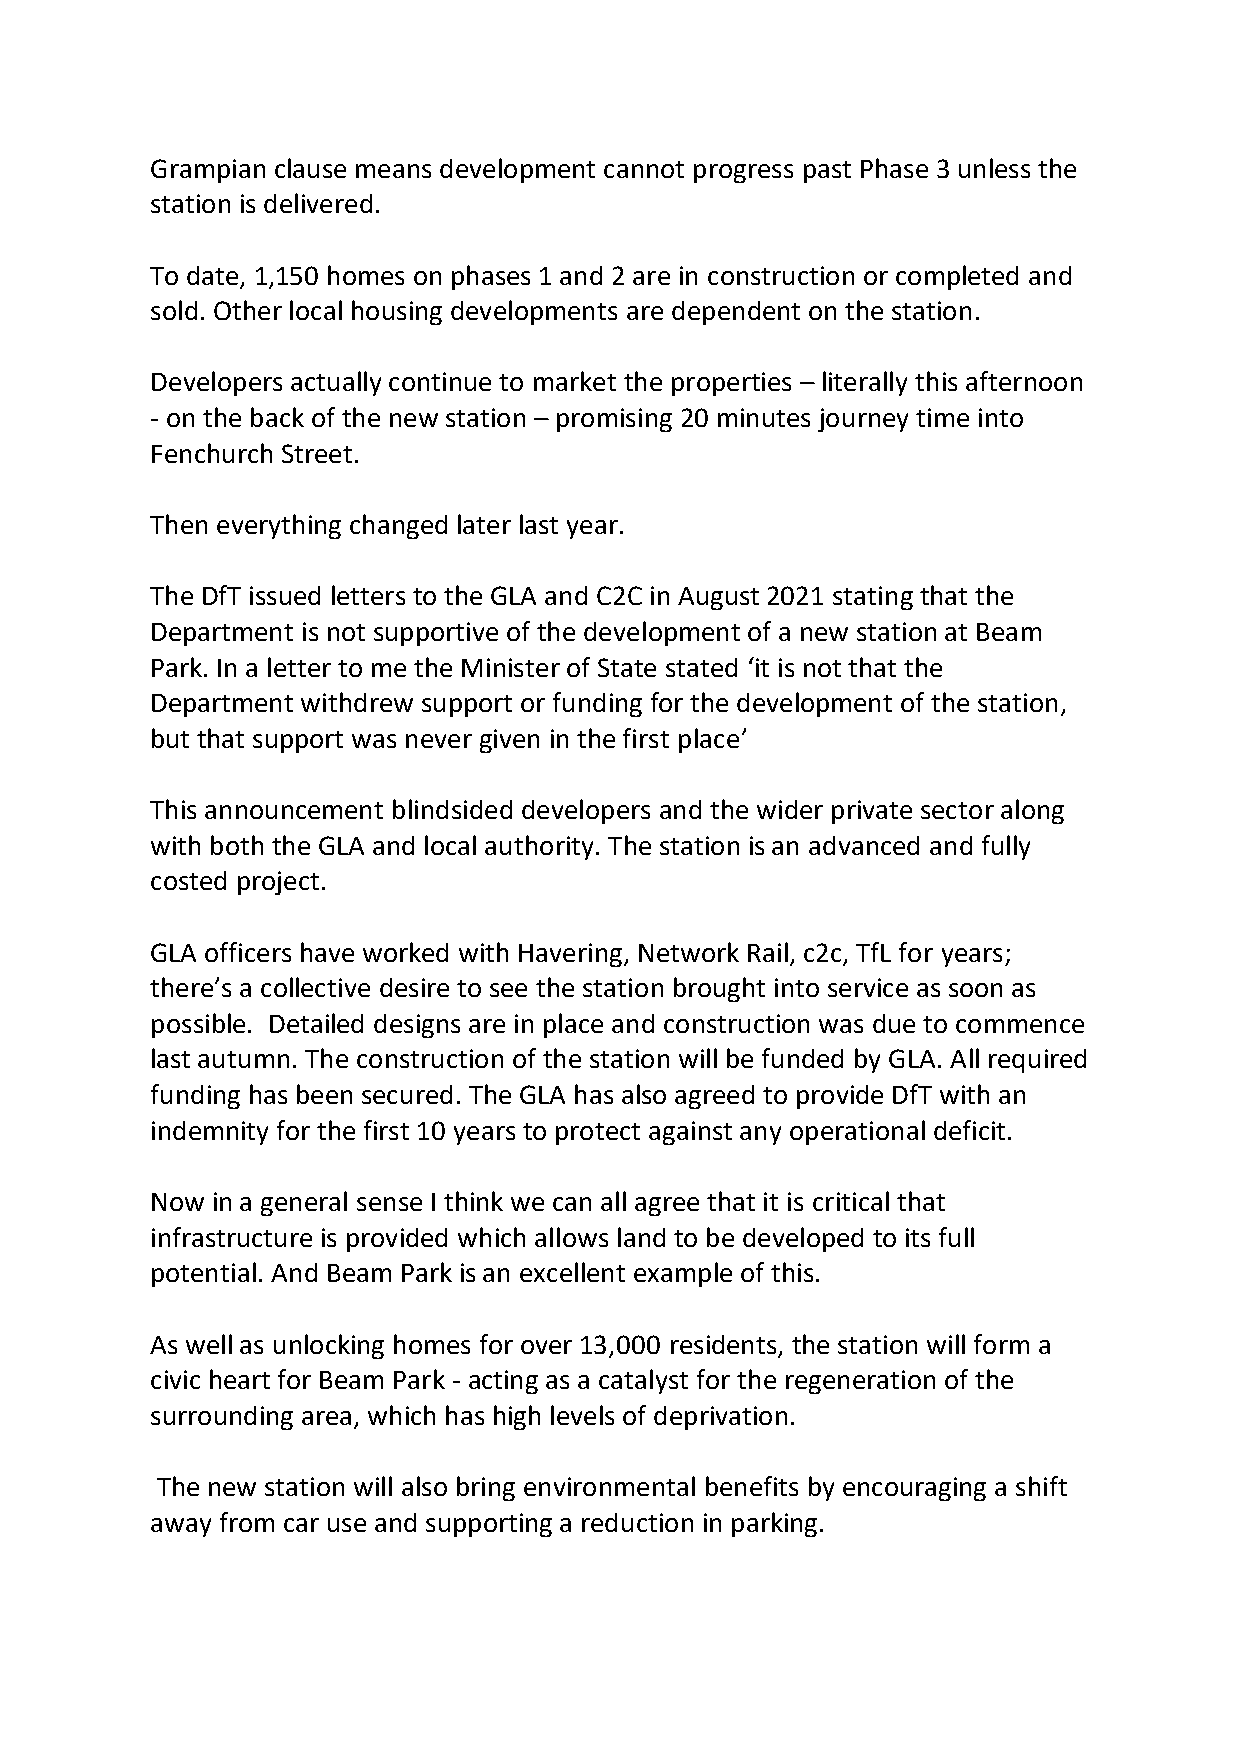
Grampian clause means development cannot progress past Phase 3 unless the
 station is delivered.
 To date, 1,150 homes on phases 1 and 2 are in construction or completed and
 sold. Other local housing developments are dependent on the station.
 Developers actually continue to market the properties – literally this afternoon
 - on the back of the new station – promising 20 minutes journey time into
 Fenchurch Street.
 Then everything changed later last year.
 The DfT issued letters to the GLA and C2C in August 2021 stating that the
 Department is not supportive of the development of a new station at Beam
 Park. In a letter to me the Minister of State stated ‘it is not that the
 Department withdrew support or funding for the development of the station,
 but that support was never given in the first place’
 This announcement blindsided developers and the wider private sector along
 with both the GLA and local authority. The station is an advanced and fully
 costed project.
 GLA officers have worked with Havering, Network Rail, c2c, TfL for years;
 there’s a collective desire to see the station brought into service as soon as
 possible. Detailed designs are in place and construction was due to commence
 last autumn. The construction of the station will be funded by GLA. All required
 funding has been secured. The GLA has also agreed to provide DfT with an
 indemnity for the first 10 years to protect against any operational deficit.
 Now in a general sense I think we can all agree that it is critical that
 infrastructure is provided which allows land to be developed to its full
 potential. And Beam Park is an excellent example of this.
 As well as unlocking homes for over 13,000 residents, the station will form a
 civic heart for Beam Park - acting as a catalyst for the regeneration of the
 surrounding area, which has high levels of deprivation.
 The new station will also bring environmental benefits by encouraging a shift
 away from car use and supporting a reduction in parking.